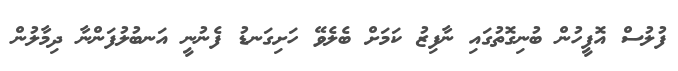
ފުލުސް އޮފީހުން ބުނިގޮތުގައި ނާފިޒު ކަމަށް ބެލެވޭ ހަށިގަނޑު ފެނުނީ އަނބުލުފަންނާ ދިމާލުން